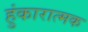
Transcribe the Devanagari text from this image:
हुंकारात्मक